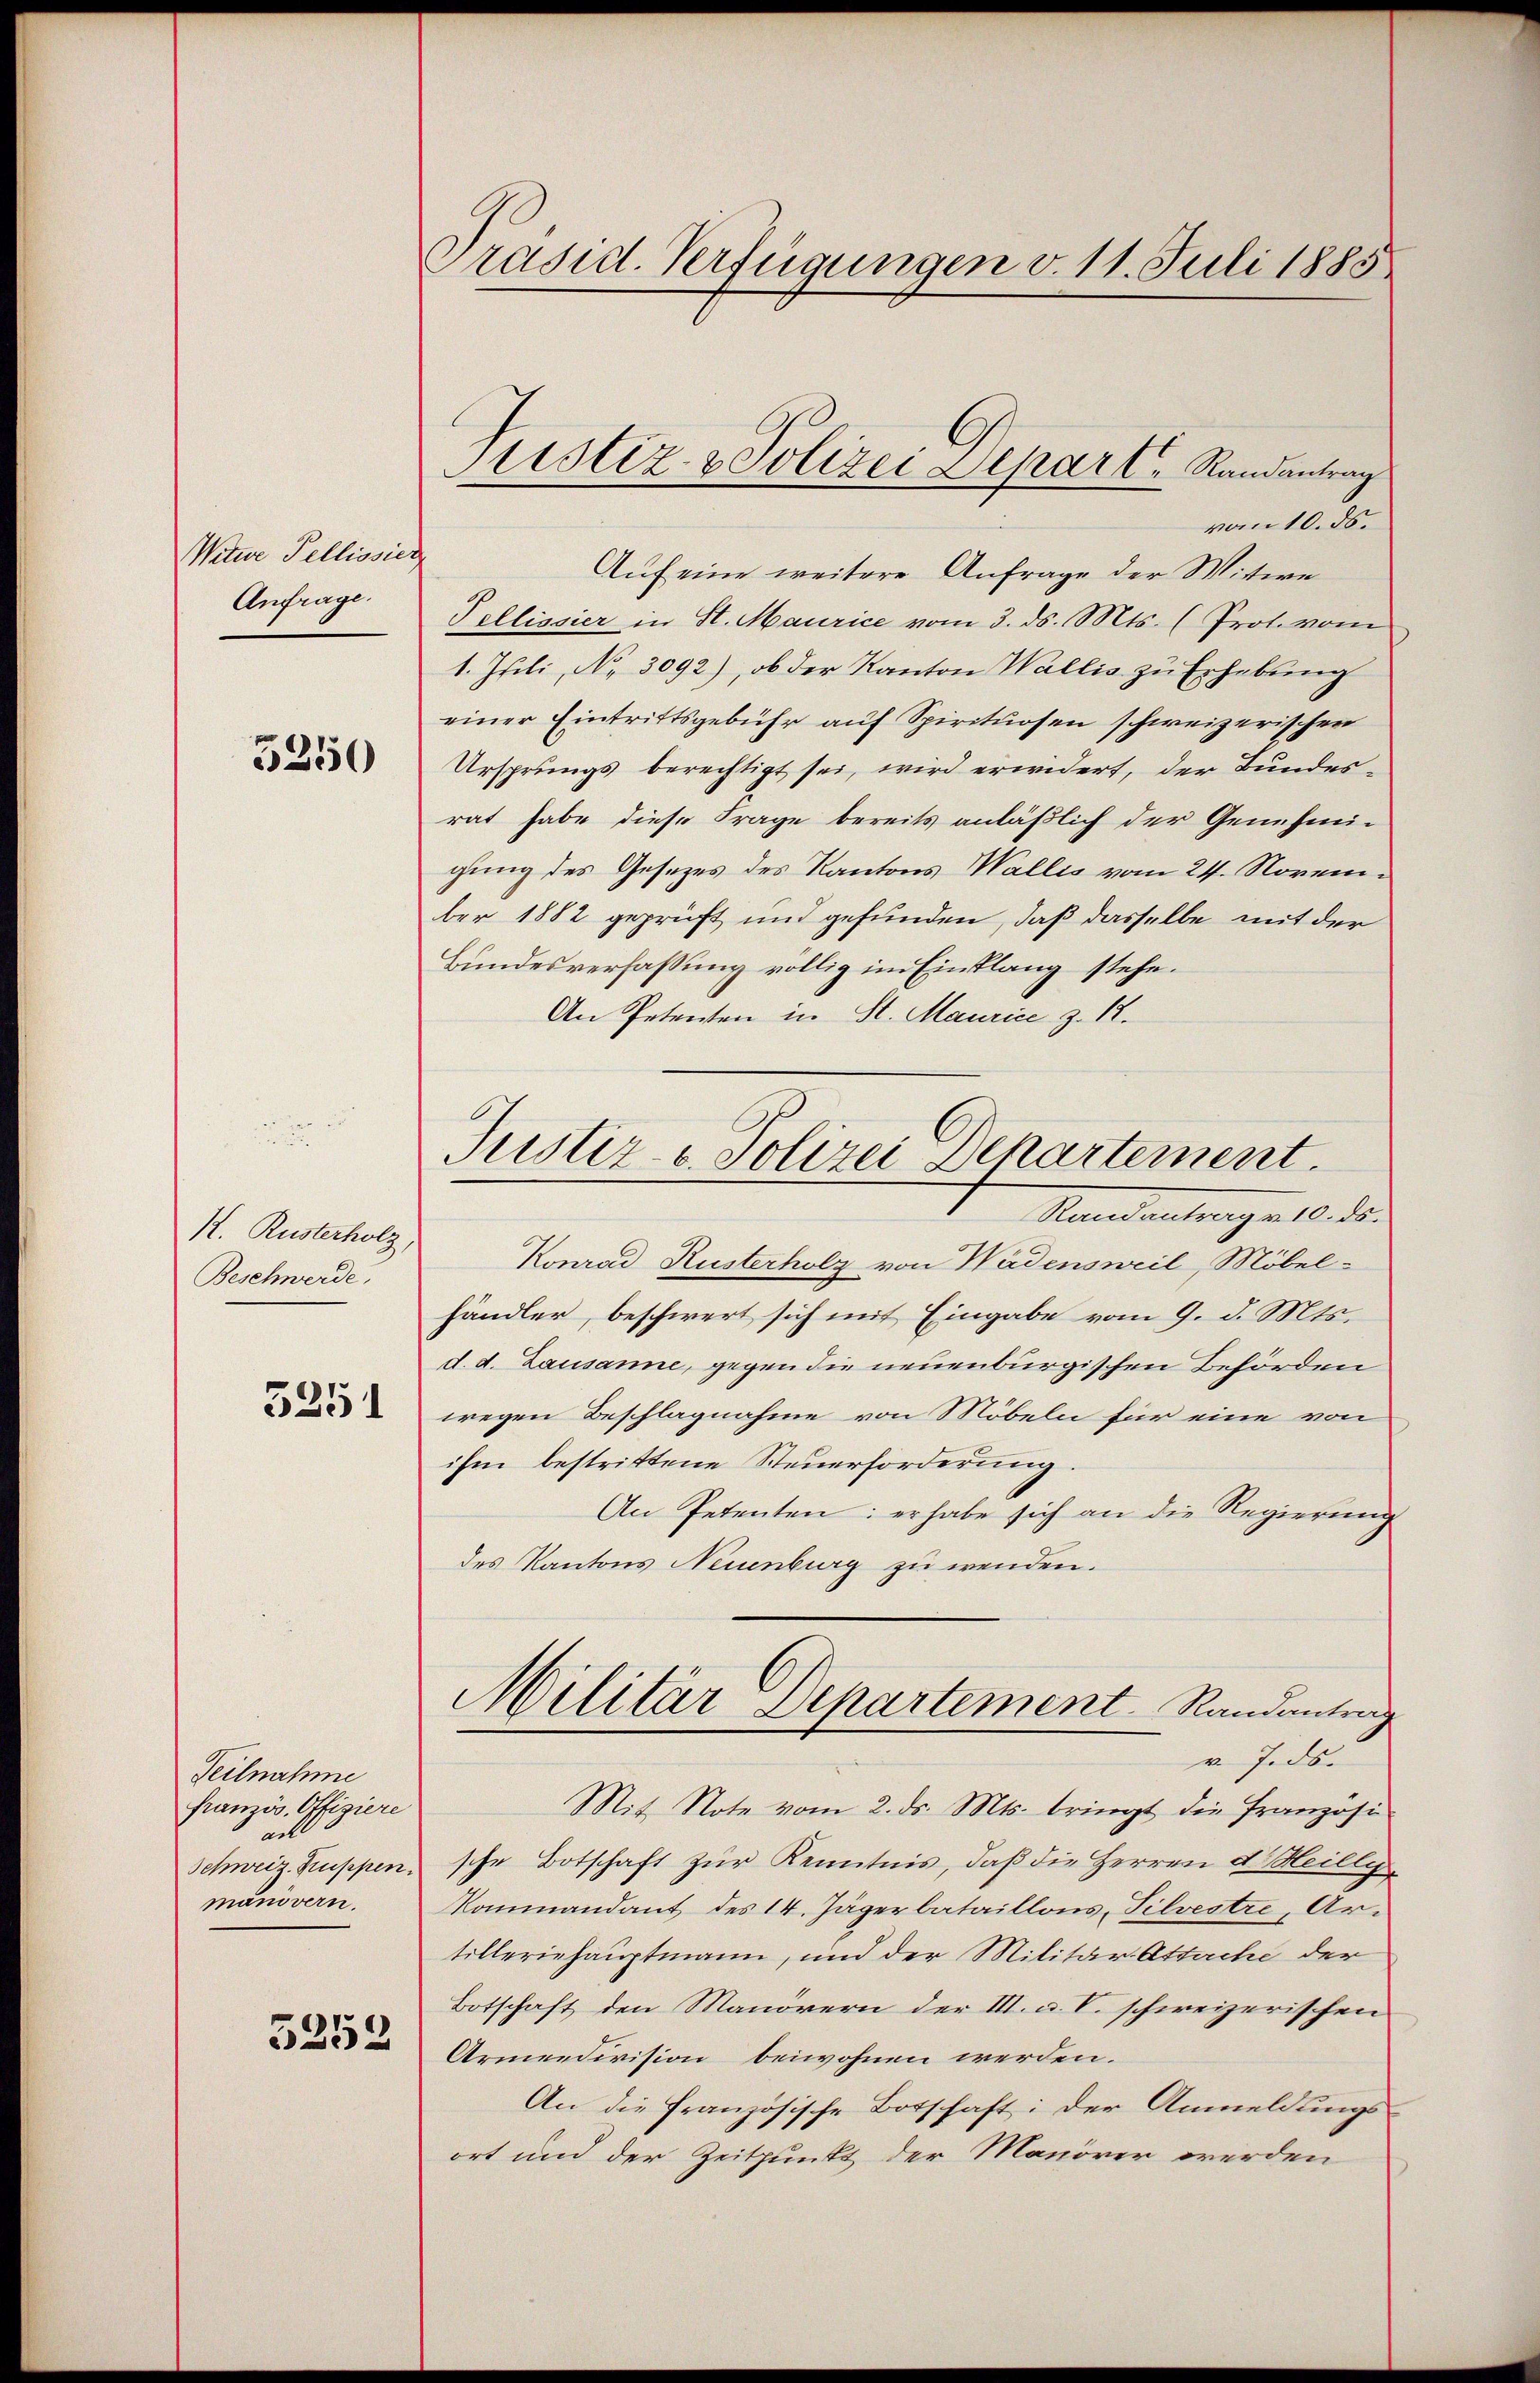
Witwe Pellisier
Anfrage.

5250

K. Rusterholz
Beschwerde,
5251

Teilnahme
französ. Offiziere
all
Schweiz. Kruppen.
manövern.
5252

Präsid. Verfügungen v. 11. Juli 1885

vom 10. ds.
Auf eine weitere Anfrage der Wittwe
Tellissier in St. Maurice vom 3. ds. Mts. (Prot. vom
1. Iseli, No 3092), ob der Kanton Wallis zu Erhebung
einer Eintrittsgebühr auf Spirituosen schweizerischen
Ursprungs berechtigt sei, wird erwidert, der Bundesrat habe diese Frage bereits anläßlich der Genehmigung des Gesezes des Kantons Wallis vom 24. November 1882 geprüft und gefunden, daß dasselbe mit der
Bundesverfassung völlig im Einklang stehe.
An Petenten in St. Maurice z. B.
Konrad Rusterholz von Wädensweil, Möbel-
händler, beschwert sich mit Eingabe vom 9. d. Mts.
d. d. Lausanne, gegen die neuenburgischen Behörden
wegen Beschlagnahme von Möbeln für eine von
ihm bestrittene Steuerforderung.
An Petenten: er habe sich an die Regierung
des Kantons Neuenburg zu wenden.
Militär Departement Randantrag
v. Tods
Mit Note vom 2. ds. Mts. bringt die Französi
sche Botschaft zur Kenntnis, daß die Herren d. Heilly
Kommandant des 14. Jägerbataillons, Silvestre, Artilleriehauptmann, und der Militär-Attache der
Botschaft den Manövern der III. a. V. schweizerischen
Armeedivision beiwohnen werden.
An die französische Botschaft: Der Anmeldungs-
ort und der Zeitpunkt der Manörer werden

tistiz- & Polizei Depart. Randantrag

Justiz- & Polizei Departement.
Randantrag v. 10. ds.